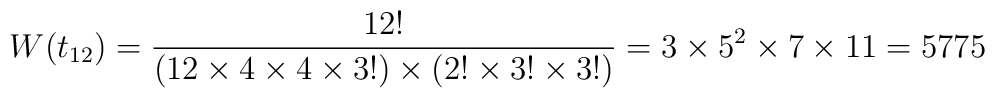
W(t_{12})=\frac{12!}{(12\times4\times4\times3!)\times(2!\times3!\times3!)}=3\times5^2\times7\times11=5775